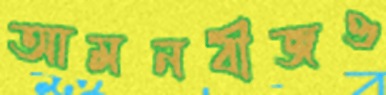
আমনবীজও